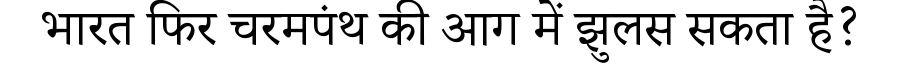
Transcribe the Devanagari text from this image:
भारत फिर चरमपंथ की आग में झुलस सकता है?